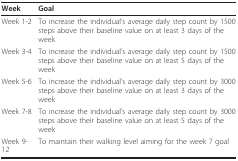
<table><thead><tr><td><b>Week</b></td><td><b>Goal</b></td></tr></thead><tbody><tr><td>Week 1-2</td><td>To increase the individual&#x27;s average daily step count by 1500 steps above their baseline value on at least 3 days of the week</td></tr><tr><td>Week 3-4</td><td>To increase the individual&#x27;s average daily step count by 1500 steps above their baseline value on at least 5 days of the week</td></tr><tr><td>Week 5-6</td><td>To increase the individual&#x27;s average daily step count by 3000 steps above their baseline value on at least 3 days of the week</td></tr><tr><td>Week 7-8</td><td>To increase the individual&#x27;s average daily step count by 3000 steps above their baseline value on at least 5 days of the week</td></tr><tr><td>Week 9-12</td><td>To maintain their walking level aiming for the week 7 goal</td></tr></tbody></table>